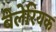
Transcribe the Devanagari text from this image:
बेलेरियक